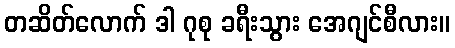
တဆိတ်လောက် ဒါ ဂုစု ခရီးသွား အေဂျင်စီလား။